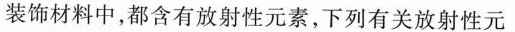
装饰材料中，都含有放射性元素，下列有关放射性元